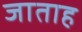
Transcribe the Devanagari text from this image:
जाताह